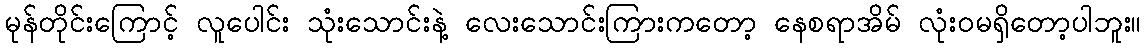
မုန်တိုင်းကြောင့် လူပေါင်း သုံးသောင်းနဲ့ လေးသောင်းကြားကတော့ နေစရာအိမ် လုံးဝမရှိတော့ပါဘူး။